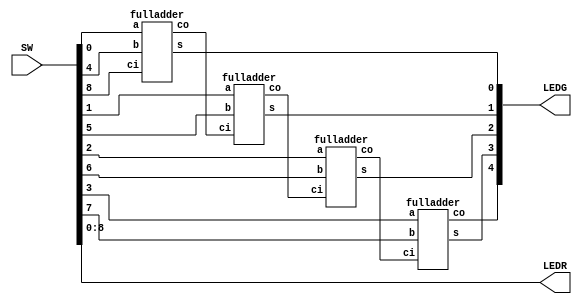
module part3 (SW, LEDG, LEDR);
  input [17:0] SW;
  output [8:0] LEDR, LEDG;

  assign LEDR[8:0] = SW[8:0];

  wire c1, c2, c3;

  fulladder A0 (SW[0], SW[4], SW[8], LEDG[0], c1);
  fulladder A1 (SW[1], SW[5], c1, LEDG[1], c2);
  fulladder A2 (SW[2], SW[6], c2, LEDG[2], c3);
  fulladder A3 (SW[3], SW[7], c3, LEDG[3], LEDG[4]);
endmodule

module fulladder (a, b, ci, s, co);
  input a, b, ci;
  output co, s;

  wire d;

  assign d = a ^ b;
  assign s = d ^ ci;
  assign co = (b & ~d) | (d & ci);
endmodule